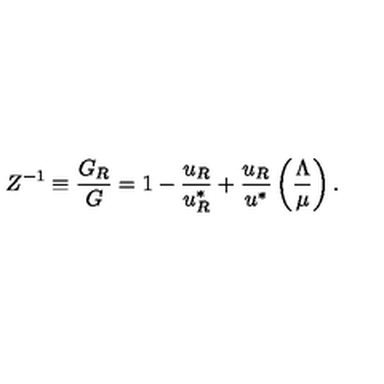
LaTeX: Z ^ { - 1 } \equiv \frac { G _ { R } } { G } = 1 - \frac { u _ { R } } { u _ { R } ^ { * } } + \frac { u _ { R } } { u ^ { * } } \left( \frac { \Lambda } { \mu } \right) .